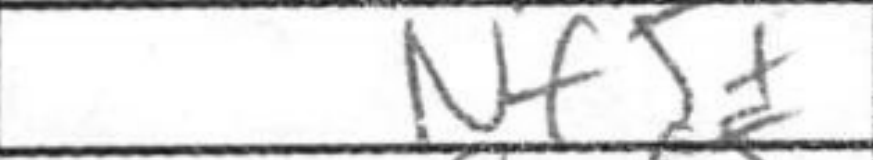
Transcription: Nf5+